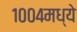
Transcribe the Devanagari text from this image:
१००४मध्ये